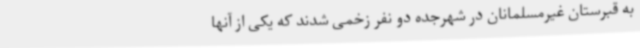
به قبرستان غیرمسلمانان در شهرجده دو نفر زخمی شدند که یکی از آنها